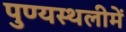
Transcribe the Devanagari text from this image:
पुण्‍यस्‍थलीमें